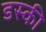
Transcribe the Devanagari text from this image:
डस्की